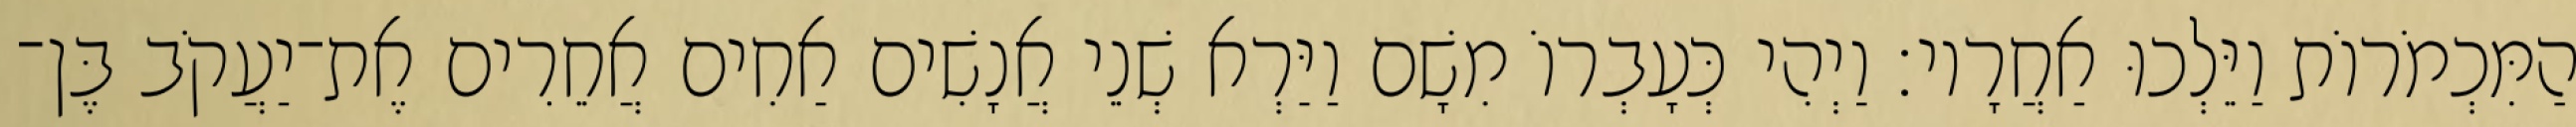
הַמִּכְמֹרוֹת וַיֵּלְכוּ אַחֲרָיו׃ וַיְהִי כְּעָבְרוֹ מִשָׁם וַיַּרְא שְׁנֵי אֲנָשִׁים אַחִים אֲחֵרִים אֶת־יַעֲקֹב בֶּן־